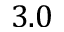
3 . 0